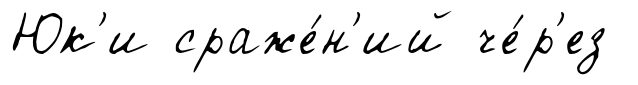
Юк'и сраже́н'ий че́р'ез